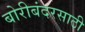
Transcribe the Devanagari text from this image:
बोरीबंदरसाठी